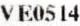
VE0514